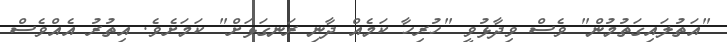
"އަތުލައިގަތުމުން" ވެސް ވިދާޅުވީ "ހުރިހާ ކަމެއް ދާނި ރަނގަޅަށް" ކަމަށެވެ. އިތުރު އެއްވެސް